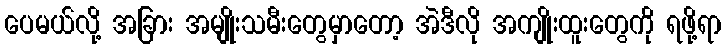
ပေမယ်လို့ အခြား အမျိုးသမီးတွေမှာတော့ အဲဒီလို အကျိုးထူးတွေကို ရဖို့ရာ